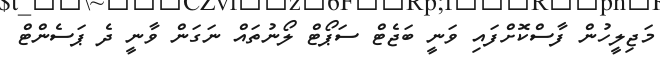
މަޖިލީހުން ފާސްކޮށްފައި ވަނީ ބަޖެޓް ސަޕޯޓް ލޯނުތައް ނަގަން ވާނީ ދެ ޕަސެންޓް